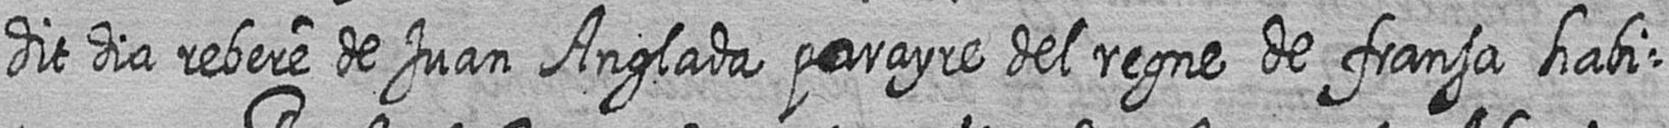
dit dia rebere de Juan Anglada parayre del regne de fransa habi=